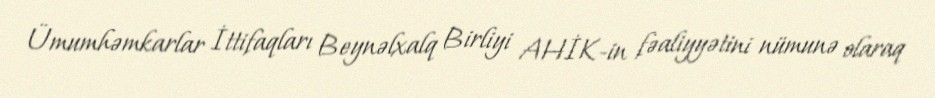
Ümumhəmkarlar İttifaqları Beynəlxalq Birliyi AHİK-in fəaliyyətini nümunə olaraq